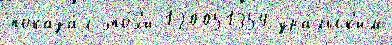
показа́л эпо́х'и 120051354 ура́льск'им